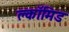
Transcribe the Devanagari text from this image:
क्लॉमिड